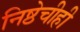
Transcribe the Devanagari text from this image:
निष्ठेचीही